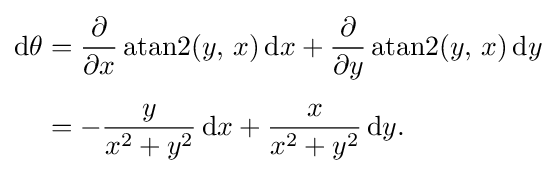
{\begin{aligned}\mathrm {d} \theta &={\frac {\partial }{\partial x}}\operatorname {atan2} (y,\,x)\,\mathrm {d} x+{\frac {\partial }{\partial y}}\operatorname {atan2} (y,\,x)\,\mathrm {d} y\\[5pt]&=-{\frac {y}{x^{2}+y^{2}}}\,\mathrm {d} x+{\frac {x}{x^{2}+y^{2}}}\,\mathrm {d} y.\end{aligned}}